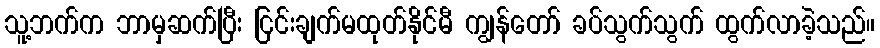
သူ့ဘက်က ဘာမှဆက်ပြီး ငြင်းချက်မထုတ်နိုင်မီ ကျွန်တော် ခပ်သွက်သွက် ထွက်လာခဲ့သည်။